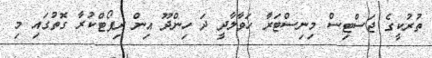
ތުރުކީގެ ޖަސްޓިސް މިނިސްޓަރާ ހަވާލާދީ ދަ ހިންދޫ އިން ރިޕޯޓްކުރާ ގޮތުގައި މި